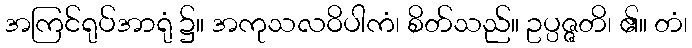
အကြင်ရုပ်အာရုံ ၌။ အကုသလဝိပါကံ၊ စိတ်သည်။ ဥပ္ပဇ္ဇတိ၊ ၏။ တံ၊